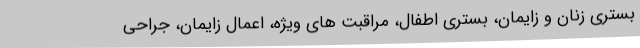
بستری زنان و زایمان، بستری اطفال، مراقبت های ویژه، اعمال زایمان، جراحی